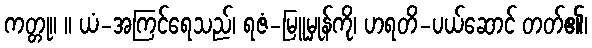
ကတ္တု။ ။ ယံ-အကြင်ရေသည်၊ ရဇံ-မြူမှုန်ကို၊ ဟရတိ-ပယ်ဆောင် တတ်၏၊